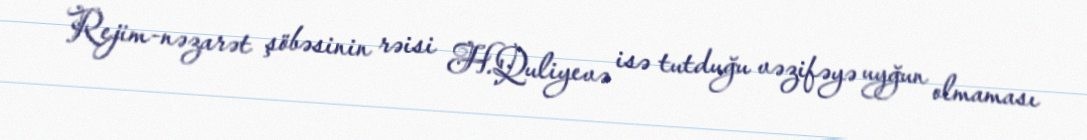
Rejim-nəzarət şöbəsinin rəisi H.Quliyevə isə tutduğu vəzifəyə uyğun olmaması